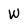
Character: W